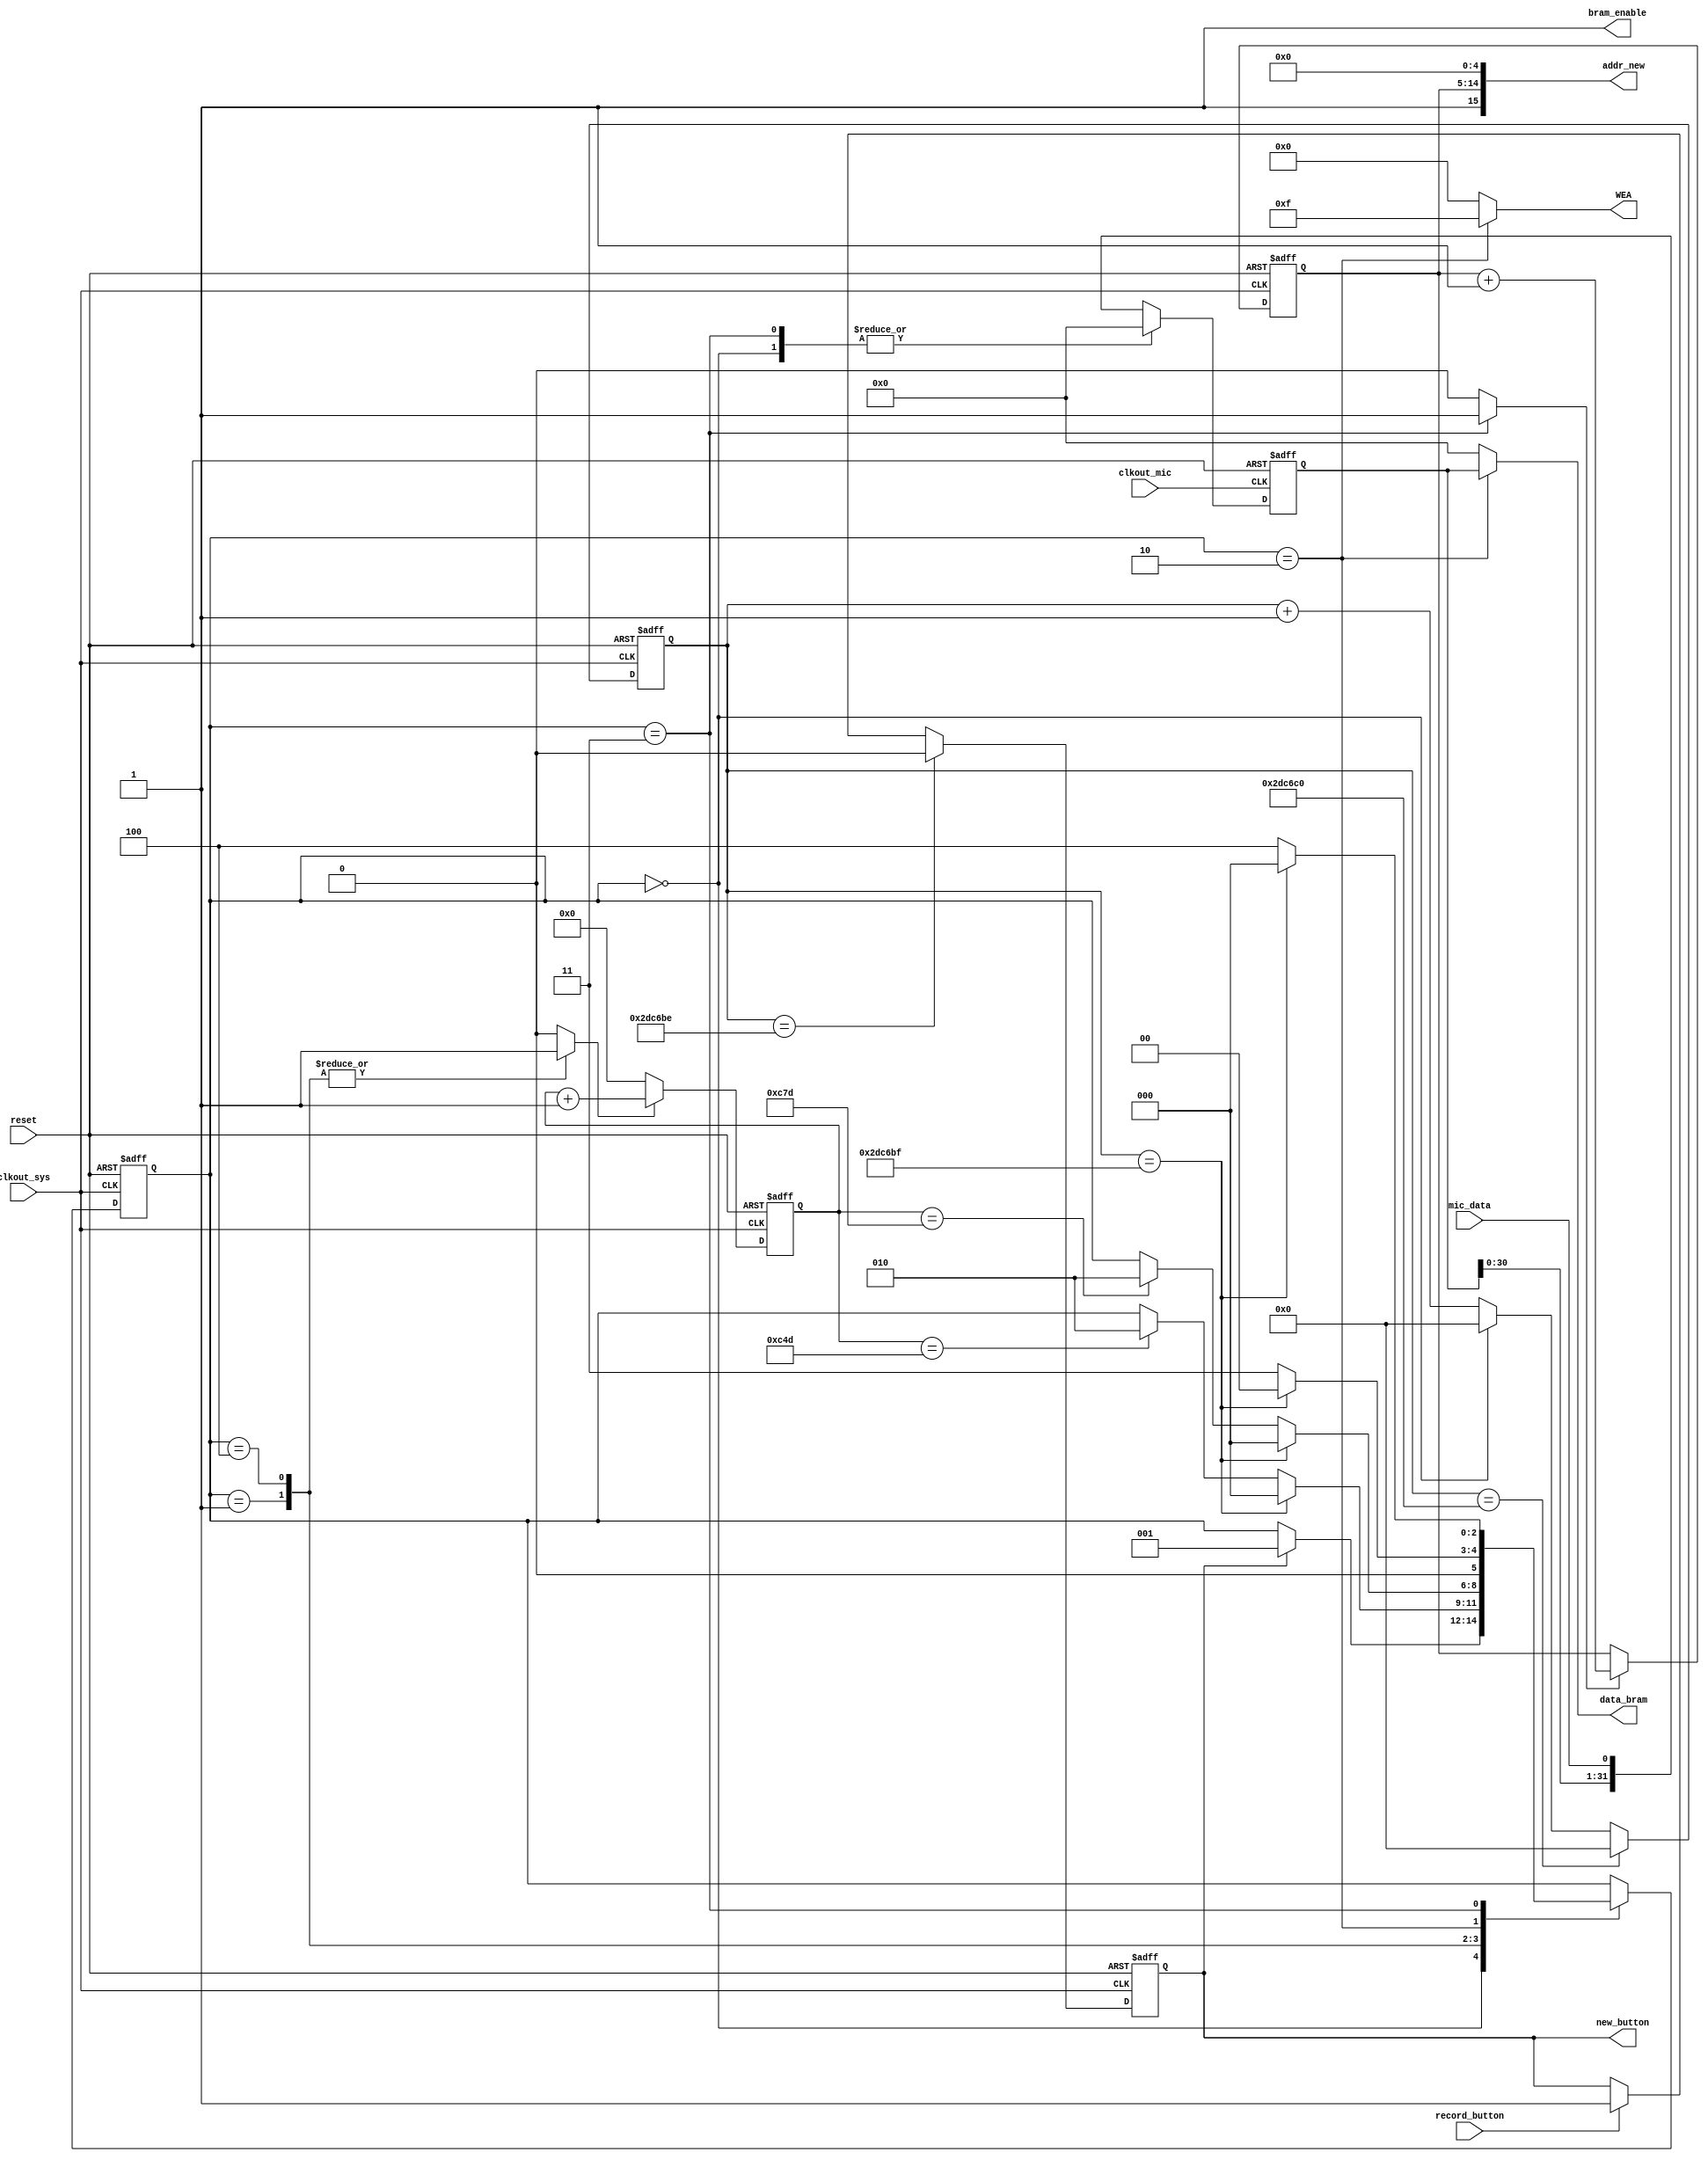
// microphone controller
module microphone_controller(reset, record_button, mic_data, clkout_sys, clkout_mic, WEA, addr_new, bram_enable, data_bram, new_button);
input reset, record_button, mic_data;
input clkout_sys, clkout_mic;

output [3:0] WEA;
output reg [15:0] addr_new;
output bram_enable;


reg [31:0] data_shift;
output reg [31:0] data_bram;

reg [2:0] current_state, next_state;

reg [23:0] counter_record;
reg [11:0] counter;
reg addr_count;

reg counter_enable, counter_record_enable, mic_on, enable_shift;

/* gia tin bram metavlites */
reg [3:0] WEA;
//reg [15:0] addr = 16'd1;
reg bram_enable = 1;
//wire [31:0] data_out;

reg [9:0] addr;
output reg new_button;

parameter idle = 3'b000,
            mic_enable = 3'b001,
            bram_write = 3'b010,
            register_reset = 3'b011, 
            mic_sampling = 3'b100;       

always @(posedge clkout_sys or posedge reset)
begin
   if(reset)
      new_button <= 0;
   else
   begin
      if (counter_record == 24'd2999998)      // ama thelo na to kratiso perissotero apla anevazo ton xrono
      //if(counter_record == 24'd12822)
         new_button <= 0;
      else if (record_button)
         new_button <= 1;
   end
end

/* always block gia ton shift register pou metaferei ta dedomena stin bram */
always @(posedge clkout_mic or posedge reset)
begin
   if (reset)
      data_shift <= 32'b0;
   else
   begin
      if(enable_shift == 0)
         data_shift <= 32'b0;
      else
      begin
         data_shift <= {data_shift[30:0], mic_data};
      end
   end
end

always @(posedge clkout_sys or posedge reset)
begin
   if (reset)
      current_state <= idle;
   else
      current_state <= next_state;
end

always @(current_state or new_button or counter or counter_record)
begin
      counter_record_enable = 1;
      counter_enable = 0;
      //mic_on = 1;
      enable_shift = 1;
      WEA = 4'b0000;
      addr_count = 0;
      data_bram = 0;
      next_state = current_state;

   case (current_state)
      idle:
      begin
         counter_record_enable = 0;
         counter_enable = 0;
         //mic_on = 0;
         enable_shift = 0;
         //data_bram = 0;
         begin
            if(new_button == 1)
               next_state = mic_enable;
            else
               next_state = current_state;
         end
      end
      
      mic_enable:
      begin
         //mic_on = 1;
         // enable_shift = 1;
         counter_record_enable = 1;
         counter_enable = 1;
         //WEA = 4'b1111;
         if(counter_record == 24'd2999999)
         //if(counter_record == 24'd12822)    //214314
            next_state = idle;
         else if(counter == 12'd3149)    // -1 apo to allo roloi gia na provlepsei kai tin allagi tou state
            next_state = bram_write;
         else
            next_state = current_state;
      end

      mic_sampling:  // arxika thelei na pao stin mesi kai meta metrao xrono iso me 32*500 = 16000ns
      begin
         //mic_on = 1;
         counter_record_enable = 1;
         counter_enable = 1;
         //WEA = 4'b1111;
         if(counter_record == 24'd2999999)
         //if(counter_record == 24'd12822)
            next_state = idle;
         else if(counter == 12'd3197)    // -2 gt ipologizo kai to teleutaio state
            next_state = bram_write;
         else
            next_state = current_state;
      end

      bram_write:
      begin
         data_bram = data_shift;
         enable_shift = 1;    // gia na kanei reset o register
         counter_enable = 0;
         counter_record_enable = 1;
         WEA = 4'b1111;
         if(counter_record == 24'd2999999)
         //if(counter_record == 24'd12822)
            next_state = idle;
         else
            next_state = register_reset;
      end   

      register_reset:
      begin
         enable_shift = 0;
         addr_count = 1;
         if(counter_record == 24'd2999999)
         //if(counter_record == 24'd12822)
            next_state = idle;
         else
            next_state = mic_sampling;
      end
   endcase
end


/* coutner pou metraei ta 0.015 sec gia to record*/
always @(posedge clkout_sys or posedge reset)
begin
   if(reset)
      counter_record <= 0;
   else if(counter_record == 24'd3000000)
      counter_record <= 24'b0;
   else
   begin
      if(counter_record_enable == 1)
         counter_record <= counter_record + 24'b1;
      else
         counter_record <= 24'b0;
   end

//   if(counter_record == 24'd3000000)
//      counter_record <= 0;
end


/* counter pou metraei ton xrono mexri na paei 16 o register kai meta na ginei write stin bram */
always @(posedge clkout_sys or posedge reset)
begin
   if(reset)
      counter <= 12'b0;
   else
   begin
      if(counter_enable == 1)
         counter <= counter + 12'b1;
      else
         counter <= 12'b0;
   end
end


/* counter pou allazei to addr gia tin bram */
always @(posedge clkout_sys or posedge reset)
begin
   if(reset)
      addr <= 10'b0;
   else
   begin
      if(addr_count == 1)
         addr <= addr + 10'b1;
   end
end
//assign addr_new = {0,addr,00000};

always @(addr)
begin
   addr_new = {1'b1, addr, 5'b00000};  // thelei 1 to MSB
end


//clocks_mmcm clocks_mmcm_inst (.clk(clk), .reset(reset), .clkout_sys(clkout_sys), .clkout_mic(clkout_mic));

//bram bram_inst (.clk(clkout_sys), .reset(reset), .bram_enable(bram_enable), .addr(addr), .WEA(WEA), .data_in(data_bram), .data_out(data_out));



endmodule